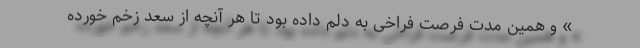
» و همین مدت فرصت فراخی به دلم داده بود تا هر آنچه از سعد زخم خورده